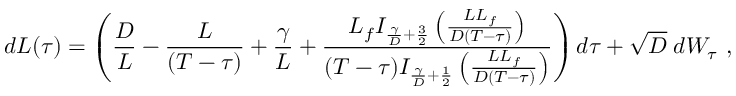
d L ( \tau ) = \left( \frac { D } { L } - \frac { L } { ( T - \tau ) } + \frac { \gamma } { L } + \frac { L _ { f } I _ { \frac { \gamma } { D } + \frac { 3 } { 2 } } \left( \frac { L L _ { f } } { D ( T - \tau ) } \right) } { ( T - \tau ) I _ { \frac { \gamma } { D } + \frac { 1 } { 2 } } \left( \frac { L L _ { f } } { D ( T - \tau ) } \right) } \right) d \tau + \sqrt { D } \; d W _ { \tau } \ ,